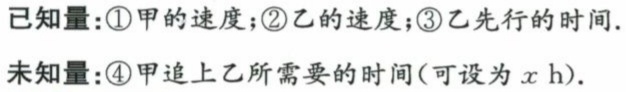
已知量：\textcircled{1}甲的速度；\textcircled{2}乙的速度；\textcircled{3}乙先行的时间.
未知量：\textcircled{4}甲追上乙所需要的时间（可设为\(x\)h）.